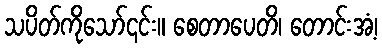
သပိတ်ကိုသော်၎င်း။ စေတာပေတိ၊ တောင်းအံ့၊